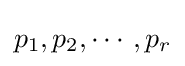
p_{1},p_{2},\cdots ,p_{r}